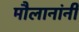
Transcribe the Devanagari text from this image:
मौलानांनी